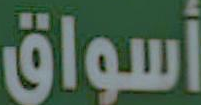
أسواق